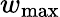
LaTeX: w_{\mathrm{max}}